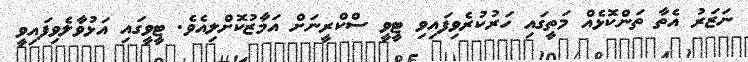
ނަޒަރު އެތާ ތަންކޮޅެއް މަތީގައި ހަރުކުރެވިފައިވި ޓީވީ ސްކްރީނަށް އަމާޒުކޮށްލިއެވެ. ޓީވީގައި އަޅުވާލެވިފައިވީ